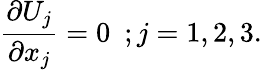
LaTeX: {\frac{\partial U_{j}}{\partial x_{j}}}=0~~;j=1,2,3.